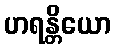
ဟရန္တိယော